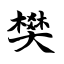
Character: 樊